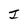
Character: I